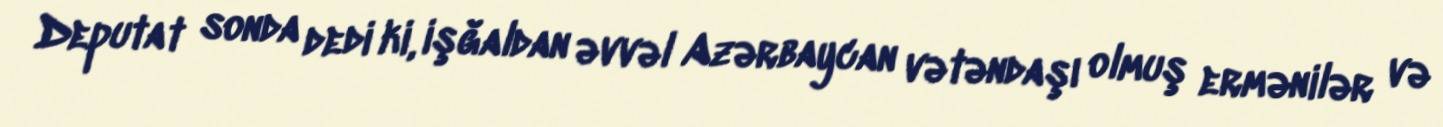
Deputat sonda dedi ki, işğaldan əvvəl Azərbaycan vətəndaşı olmuş ermənilər və